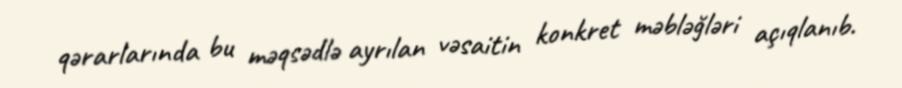
qərarlarında bu məqsədlə ayrılan vəsaitin konkret məbləğləri açıqlanıb.